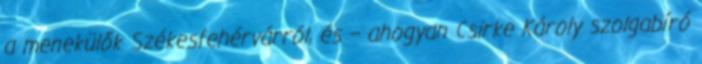
a menekülők Székesfehérvárról, és – ahogyan Csirke Károly szolgabíró